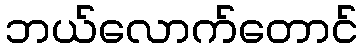
ဘယ်လောက်တောင်